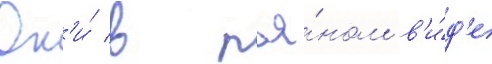
Он'и́ в пья́ном в'и́д'е